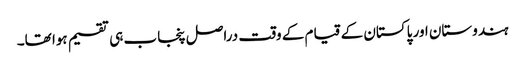
ہندوستان اور پاکستان کے قیام کے وقت دراصل پنجاب ہی تقسیم ہوا تھا۔